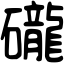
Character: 礲